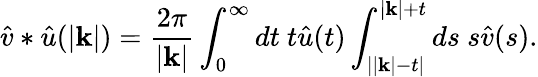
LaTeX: \hat{v}\ast\hat{u}(|\mathbf k|)=\frac{2\pi}{|\mathbf k|}\int_{0}^{\infty}dt\ t\hat{u}(t)\int_{||\mathbf k|-t|}^{|\mathbf k|+t}ds\ s\hat{v}(s).